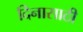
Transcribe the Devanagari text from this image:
दिनासाठी